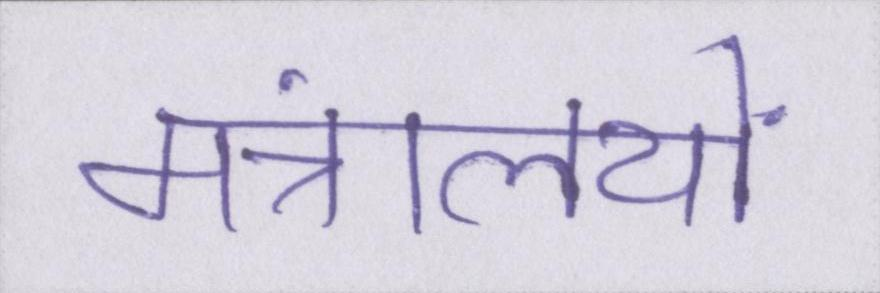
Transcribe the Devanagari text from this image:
मंत्रालयों